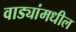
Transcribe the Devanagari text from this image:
वाड्यांमधील